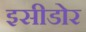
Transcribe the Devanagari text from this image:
इसीडोर